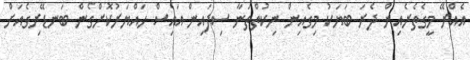
އެއްރޭ މީގެތެރެއިން ދެރަ ބަޔަކު މިގެއިން ނިކުތްތަނާ ސިފައިން އައިސް ހައްޔަރުކޮށްގެން ބަނޑޭރިގެއަށް